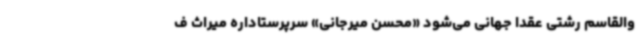
والقاسم رشتی عقدا جهانی می‌شود «محسن میرجانی» سرپرستاداره میراث ف